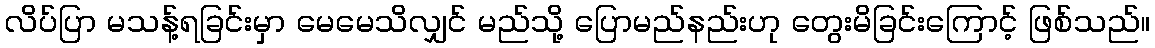
လိပ်ပြာ မသန့်ရခြင်းမှာ မေမေသိလျှင် မည်သို့ ပြောမည်နည်းဟု တွေးမိခြင်းကြောင့် ဖြစ်သည်။